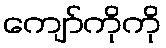
ကျော်ကိုကို